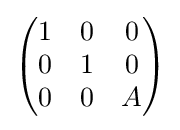
{\begin{pmatrix}1&0&0\\0&1&0\\0&0&A\\\end{pmatrix}}